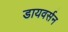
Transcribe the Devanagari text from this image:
डायवर्सन